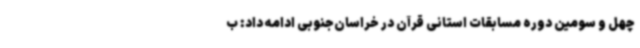
چهل و سومین دوره مسابقات استانی قرآن در خراسان‌جنوبی ادامه داد: ب